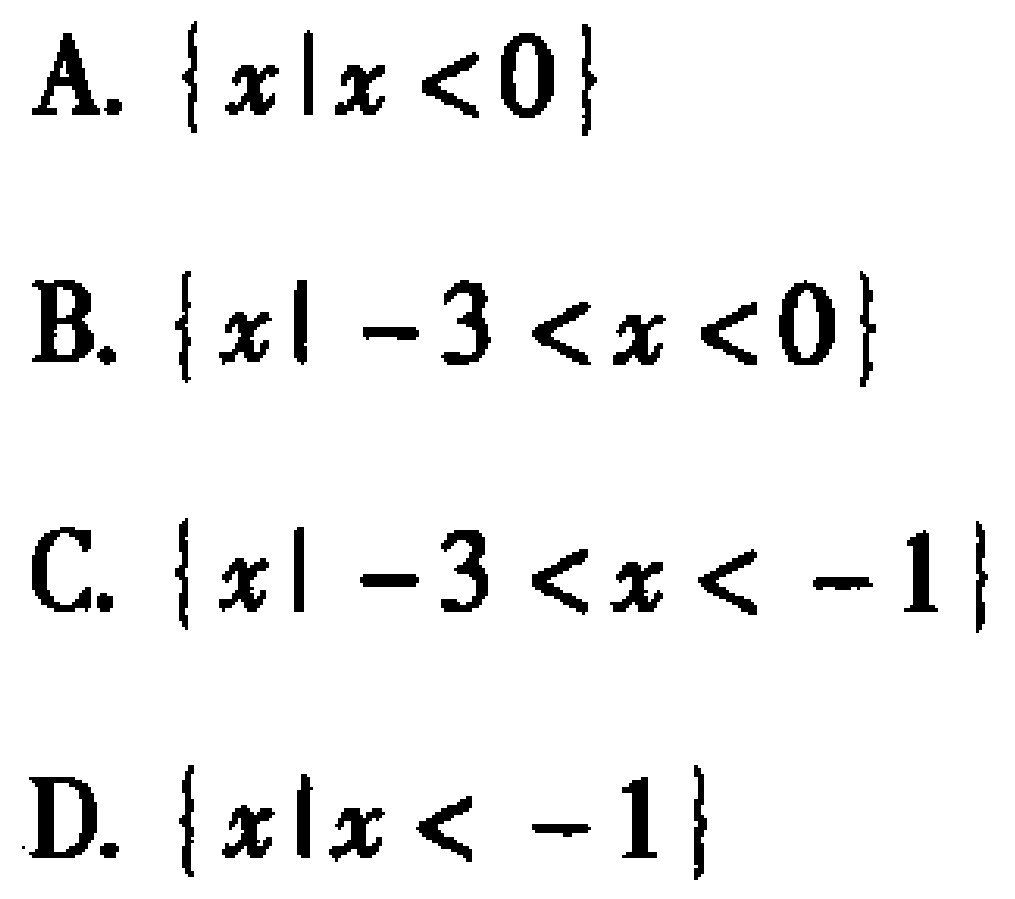
A. $\{x|x < 0\}$
B. $\{x|-3 < x < 0\}$
C. $\{x|-3 < x < -1\}$
D. $\{x|x < -1\}$